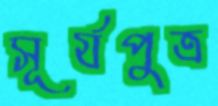
সূর্যপুত্র